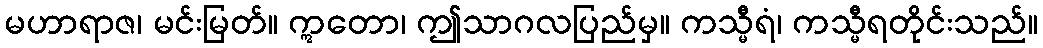
မဟာရာဇ၊ မင်းမြတ်။ ဣတော၊ ဤသာဂလပြည်မှ။ ကသ္မီရံ၊ ကသ္မီရတိုင်းသည်။